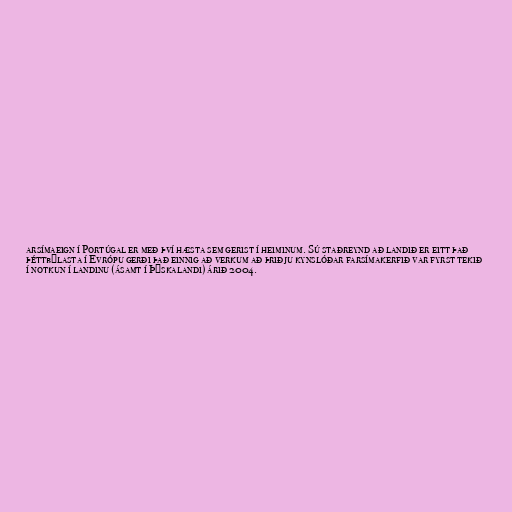
arsímaeign í Portúgal er með því hæsta sem gerist í heiminum. Sú staðreynd að landið er eitt það
þéttbýlasta í Evrópu gerði það einnig að verkum að þriðju kynslóðar farsímakerfið var fyrst tekið
í notkun í landinu (ásamt í Þýskalandi) árið 2004.